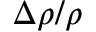
\Delta \rho / \rho